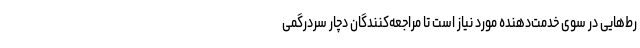
رط‌هایی در سوی خدمت‌دهنده مورد نیاز است تا مراجعه‌کنندگان دچار سردرگمی